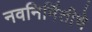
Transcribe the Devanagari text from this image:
नवनिर्मितीचे